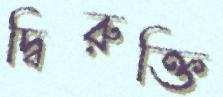
দ্বিরুক্তি